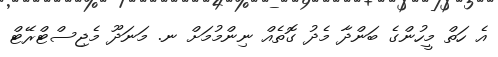
އެ ހަތް މީހުންގެ ބަންދާ މެދު ގޮތެއް ނިންމުމަށް ނ. މަނަދޫ މެޖިސްޓްރޭޓް